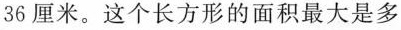
36厘米。这个长方形的面积最大是多